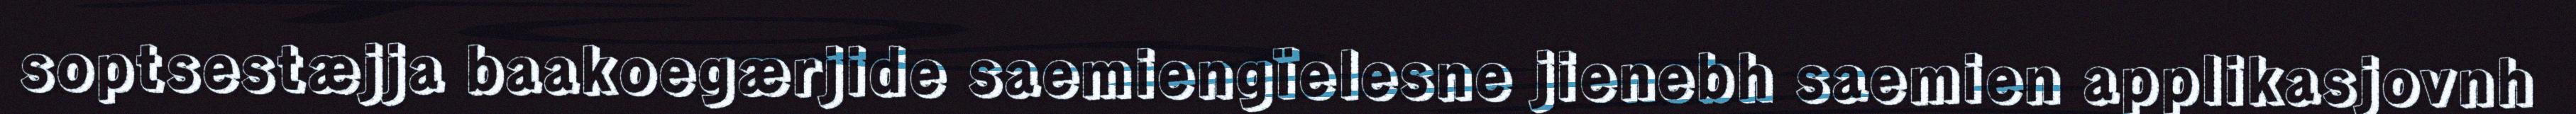
soptsestæjja baakoegærjide saemiengïelesne jienebh saemien applikasjovnh